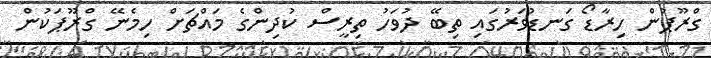
ގްރޫޕުން ހިރާޑޯ ގަނޑުވަރުގައި ތިބޭ ދުވަހު ތިރީސް ކުދިންގެ މައްޗަށް ހިމެނޭ ގްރޫޕަކުން